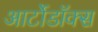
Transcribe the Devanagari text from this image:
आर्टोडॉक्स